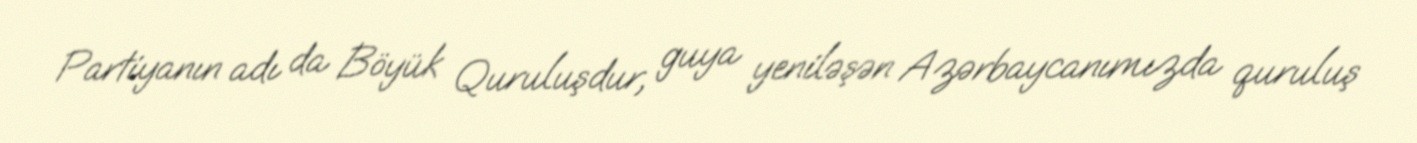
Partiyanın adı da Böyük Quruluşdur, guya yeniləşən Azərbaycanımızda quruluş